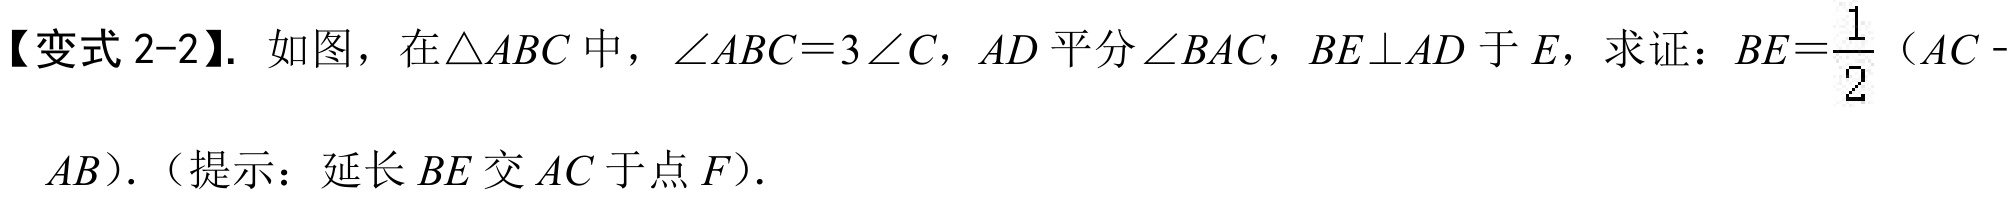
【变式 2-2】. 如图，在\(\triangle ABC\)中，\(\angle ABC = 3\angle C\)，\(AD\)平分\(\angle BAC\)，\(BE\perp AD\)于\(E\)，求证：\(BE=\frac{1}{2}(AC - AB)\).（提示：延长\(BE\)交\(AC\)于点\(F\)）.